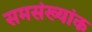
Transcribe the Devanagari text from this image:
समसंख्यांक